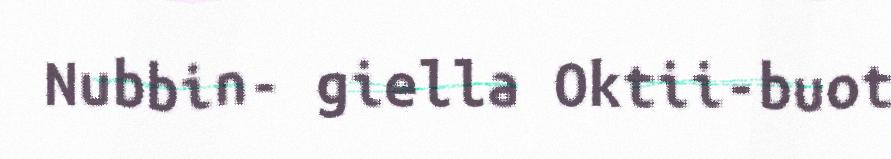
Nubbin- giella Oktii-buot